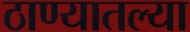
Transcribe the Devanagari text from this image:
ठाण्यातल्या